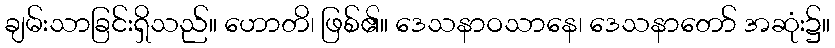
ချမ်းသာခြင်းရှိသည်။ ဟောတိ၊ ဖြစ်၏။ ဒေသနာဝသာနေ၊ ဒေသနာတော် အဆုံး၌။